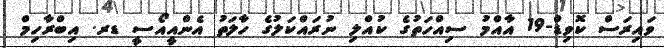
ވައިރަސް ކޮވިޑް-19 އާއްމު ސިއްހަތުގެ ކުއްލި ނުރައްކަލުގެ ހާލަތު އެންއީއޯސީ ޑރ. އިބްރާހިމް